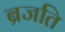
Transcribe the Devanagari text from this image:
ब्रजति